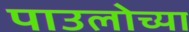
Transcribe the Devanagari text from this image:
पाउलोच्या